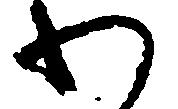
わ